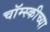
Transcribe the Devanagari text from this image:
चॉम्स्कीच्या